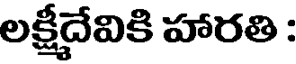
లక్షీదేవికి హారతి :